Report on sanitation, dispensaries, and jails in Rajputana for 1914, and on vaccination for the year 1914-1915 - 1914-1915
Year: 1914
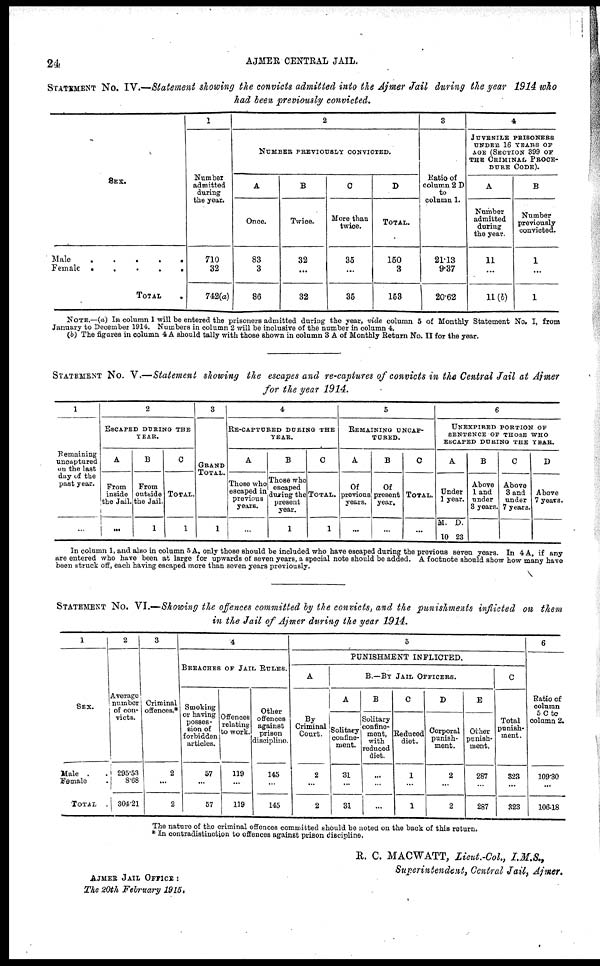
24
AJMER CENTRAL JAIL.
STATEMENT No. IV.—Statement showing the convicts admitted into the Ajmer Jail during the year 1914 who
had been previously convicted.
SEX.
Male.
.
.
.
.
Female
.
.
.
.
.
TOTAL .
1
Number
admitted
during
the year.
710
32
742(a)
2
NUMBER PREVIOUSLY CONVICTED.
A
Once.
83
3
86
B
Twice.
32
...
32
C
More than
twice.
35
...
35
D
TOTAL.
150
3
153
3
Ratio of
column 2 D
to
column 1.
21.13
9.37
20.62
4
JUVENILE PRISONERS
UNDER 16 YEARS OF
AGE (SECTION 399 OF
THE CRIMINAL PROCE-
DURE CODE).
A
Number
admitted
during
the year.
11
...
11(b)
B
Number
previously
convicted.
1
...
1
NOTE.—(a) In column 1 will be entered the prisoners admitted during the year, vide column 5 of Monthly Statement No. I, from
January to December 1914. Numbers in column 2 will be inclusive of the number in column 4.
(b) The figures in column 4 A should tally with those shown in column 3 A of Monthly Return No. II for the year.
STATEMENT No. V.—Statement showing the escapes and re-captures of convicts in the Central Jail at Ajmer
for the year 1914.
1
Remaining
uncaptured
on the last
day of the
past year.
...
2
ESCAPED DURING THE
YEAR.
A
From
inside
the Jail.
...
B
From
outside
the Jail.
1
C
TOTAL.
1
3
GRAND
TOTAL.
1
4
RE-CAPTURED DURING THE
YEAR.
A
Those who
escaped in
previous
years.
...
B
Those who
escaped
during the
present
year.
1
C
TOTAL.
1
5
REMAINING UNCAP-
TURED.
A
Of
previous
years.
...
B
Of
present
year.
...
C
TOTAL.
...
6
UNEXPIRED PORTION OF
SENTENCE OF THOSE WHO
ESCAPED DURING THE YEAR.
A
Under
year.
M.
10
D.
23
B
Above
1 and
under
3 years.
C
Above
3 and
under
7 years.
D
Above
7 years.
In column 1, and also in column 5 A, only those should be included who have escaped during the previous seven years. In 4 A, if any
are entered who have been at large for upwards of seven years, a special note should be added. A footnote should show how many have
been struck off, each having escaped more than seven years previously.
STATEMENT No. VI.—Showing the offences committed by the convicts, and the punishments inflicted on them
in the Jail of Ajmer during the year 1914.
1
SEX.
Male . .
Female .
TOTAL
2
Average
number
of con-
victs.
295.53
8.68
304.21
3
Criminal
offences.*
2
...
2
4
BREACHES OF JAIL RULES.
Smoking
or having
posses-
sion of
forbidden
articles.
57
...
57
Offences
relating
to work.
119
...
119
Other
offences
against
prison
discipline.
145
...
145
5
PUNISHMENT INFLICTED.
A
By
Criminal
Court.
2
...
2
B.—BY JAIL OFFICERS.
A
Solitary
confine-
ment.
31
...
31
B
Solitary
confine-
ment,
with
reduced
diet.
...
...
...
C
Reduced
diet.
1
...
1
D
Corporal
punish-
ment.
2
...
2
E
Other
punish-
ment.
287
...
287
C
Total
punish-
ment.
323
...
323
6
Ratio of
column
5 C to
column 2.
109.30
...
106.18
The nature of the criminal offences committed should be noted on the back of this return.
* In contradistinction to offences against prison discipline.
R. C. MACWATT, Lieut.-Col.,
I.M.S.,
Superintendent, Central Jail, Ajmer.
AJMER JAIL OFFICE :
The 20th February 1915.